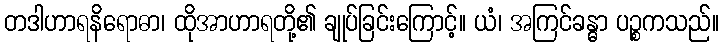
တဒါဟာရနိရောဓာ၊ ထိုအာဟာရတို့၏ ချုပ်ခြင်းကြောင့်။ ယံ၊ အကြင်ခန္ဓာ ပဉ္စကသည်။